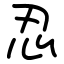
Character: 忍